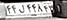
۴۴ل۴۴۸۴۳